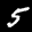
Label: 5